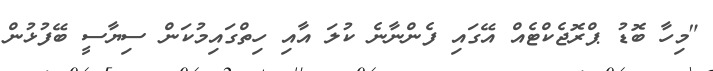
"މިހާ ބޮޑު ޕްރޮޖެކްޓެއް އޭގައި ފެންނާނެ ކުލަ އާއި ހިތްގައިމުކަން ސިޔާސީ ބޭފުޅުން